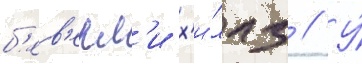
б'ев'ерл'и х'и́ллз // У́